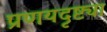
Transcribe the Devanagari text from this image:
प्रणयदृष्ट्या